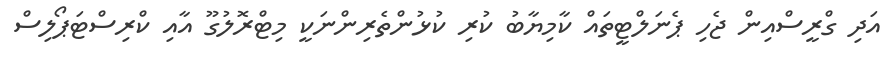
އަދި ގްރީސްއިން ޖެހި ޕެނަލްޓީތައް ކާމިޔާބު ކުރި ކުޅުންތެރިންނަކީ މިޓްރޮލުގޫ އާއި ކްރިސްޓަޕޯލިސް